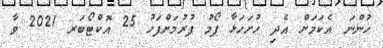
ހުންނަ އެކަމަށް އެދި ހުށަހަޅާ ފޯމު ފުރުމަށްފަހު 25 އޮކްޓޯބަރ 2021 ވާ